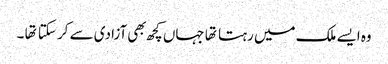
وه ایسے ملک میں رہتا تها جہاں کچھ بهی آزادی سے کر سکتا تها ۔